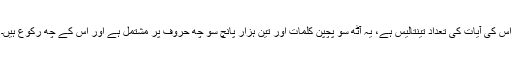
اس کی آیات کی تعداد تینتالیس ہے، یہ آٹھ سو پچپن کلمات اور تین ہزار پانچ سو چھ حروف پر مشتمل ہے اور اس کے چھ رکوع ہیں۔